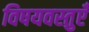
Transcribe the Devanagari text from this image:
विषयवस्तुएँ